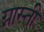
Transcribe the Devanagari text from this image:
ग्नास्ती